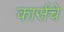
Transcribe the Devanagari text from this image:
कार्सचे